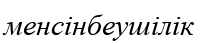
менсінбеушілік